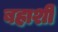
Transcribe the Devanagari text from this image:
बहाशी